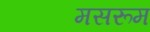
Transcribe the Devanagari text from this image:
मसरूम